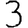
Digit: 3